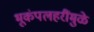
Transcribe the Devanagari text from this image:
भूकंपलहरींमुळे